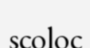
scoloc